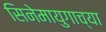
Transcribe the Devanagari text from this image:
सिनेमायुगाच्या